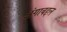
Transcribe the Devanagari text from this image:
अंगाबद्दल